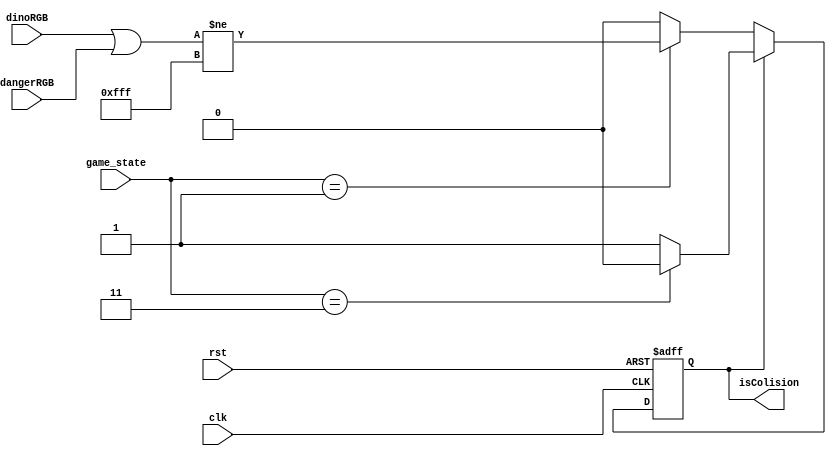
`define GAME_INIT  0
`define GAME_START 1
`define GAME_END   2
`define GAME_RESET 3

module ObjColision(
    input rst,
    input clk,
    input [11:0] dinoRGB,
    input [11:0] dangerRGB,
    input [1:0] game_state,
    output reg isColision
    );

    always @ (posedge clk or posedge rst) begin
        if (rst == 1) begin
            isColision = 0;
        end else if (isColision == 0) begin
            if (game_state == `GAME_START) begin
                isColision = (dinoRGB | dangerRGB) != 12'hFFF;
            end else begin
                isColision = 0;
            end
        end else begin
            if (game_state == `GAME_RESET) begin
                isColision = 0;
            end else begin
                isColision = 1;
            end
        end
        
    end
endmodule